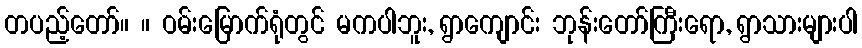
တပည့်တော်။ ။ ဝမ်းမြောက်ရုံတွင် မကပါဘူး, ရွာကျောင်း ဘုန်းတော်ကြီးရော, ရွာသားများပါ